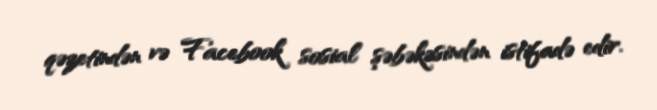
qəzetindən və Facebook sosial şəbəkəsindən istifadə edir.